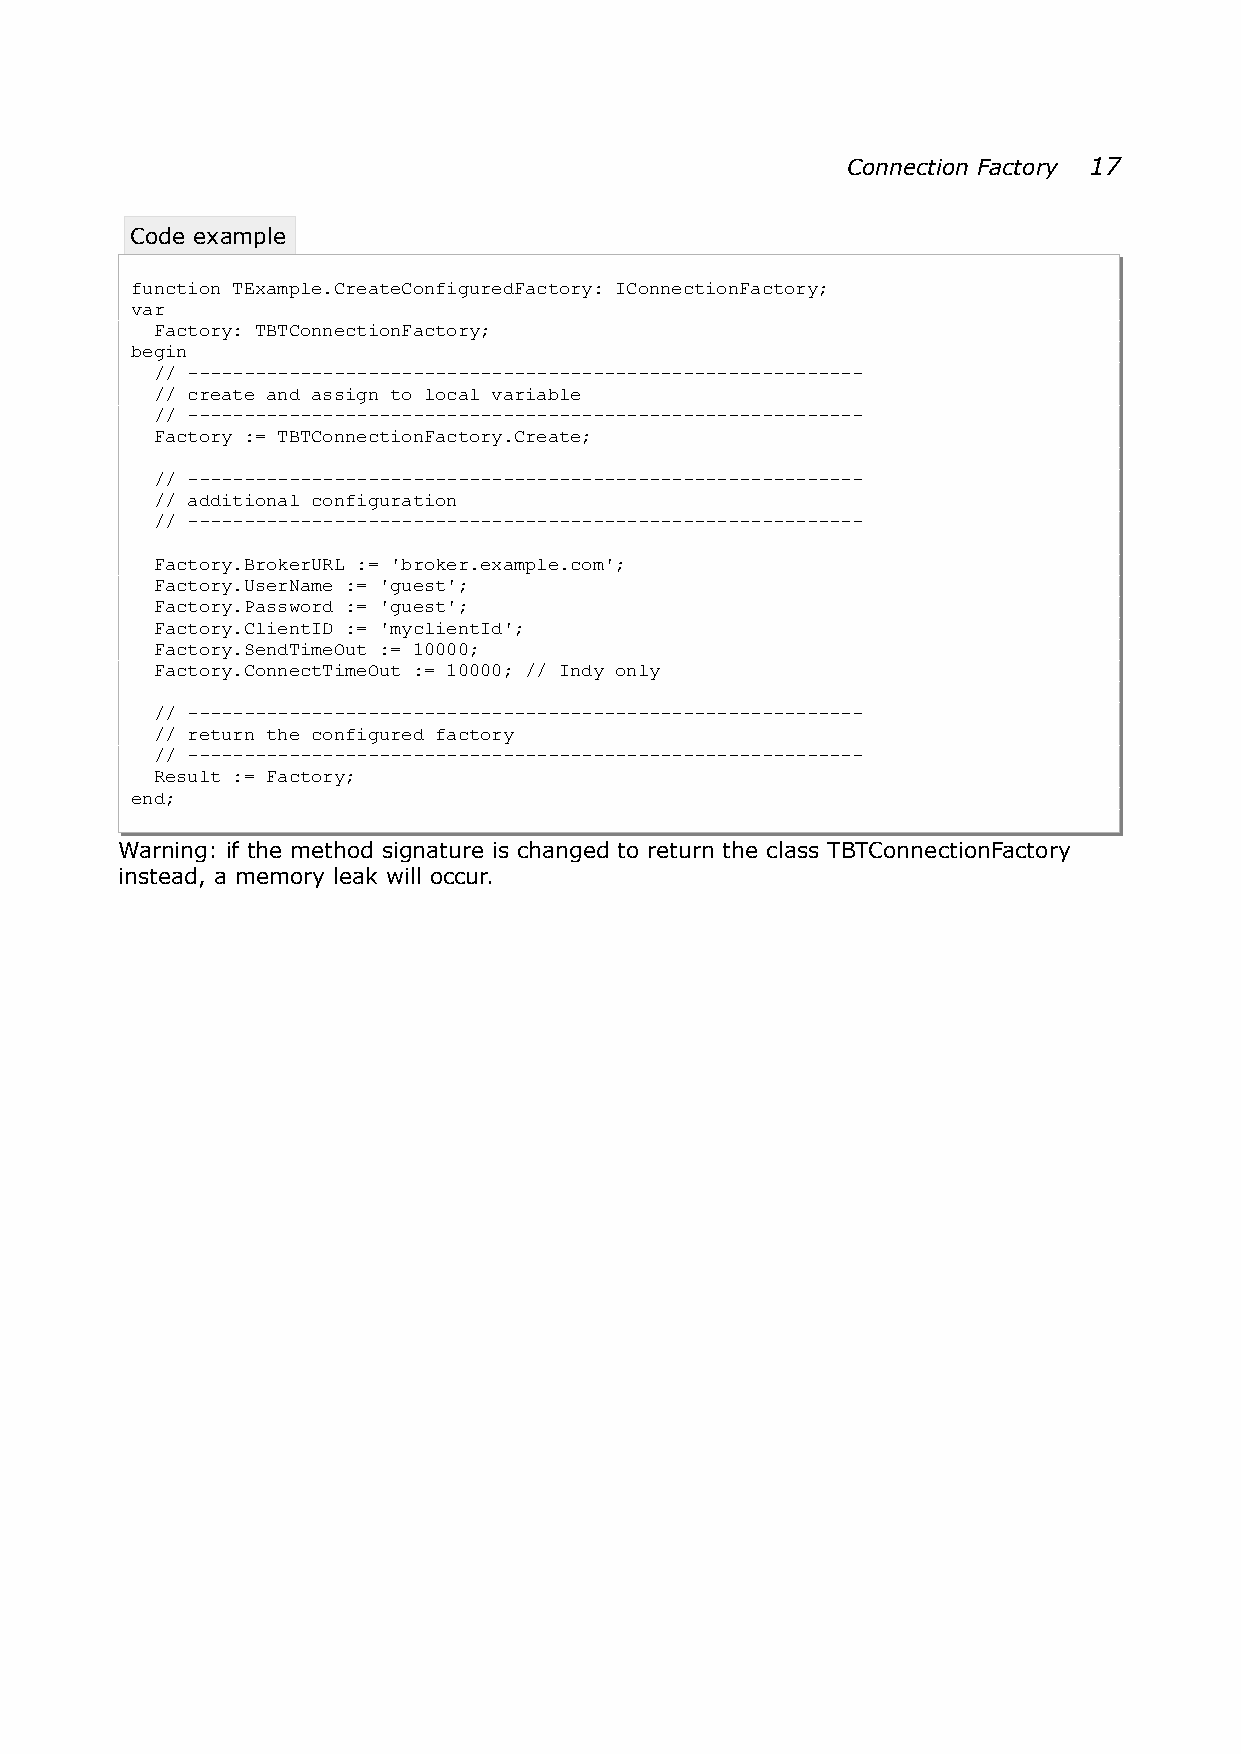
Connection Factory 17
 Code example
 function TExample.CreateConfiguredFactory: IConnectionFactory;
 var
 Factory: TBTConnectionFactory;
 begin
 // ------------------------------------------------------------
 // create and assign to local variable
 // ------------------------------------------------------------
 Factory := TBTConnectionFactory.Create;
 // ------------------------------------------------------------
 // additional configuration
 // ------------------------------------------------------------
 Factory.BrokerURL := 'broker.example.com';
 Factory.UserName := 'guest';
 Factory.Password := 'guest';
 Factory.ClientID := 'myclientId';
 Factory.SendTimeOut := 10000;
 Factory.ConnectTimeOut := 10000; // Indy only
 // ------------------------------------------------------------
 // return the configured factory
 // ------------------------------------------------------------
 Result := Factory;
 end;
 Warning: if the method signature is changed to return the class TBTConnectionFactory
 instead, a memory leak will occur.